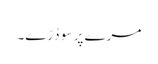
مرے پر سو دُرّے۔